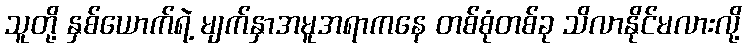
သူတို့ နှစ်ယောက်ရဲ့ မျက်နှာအမူအရာကနေ တစ်စုံတစ်ခု သိလာနိုင်မလားလို့